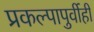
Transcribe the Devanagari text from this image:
प्रकल्पापुर्वीही